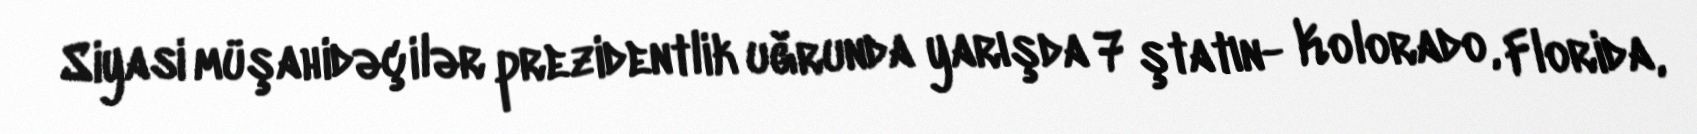
Siyasi müşahidəçilər prezidentlik uğrunda yarışda 7 ştatın- Kolorado, Florida,